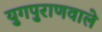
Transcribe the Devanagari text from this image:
युगपुराणवाले